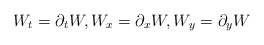
\begin{align*}W_t=\partial_t W, W_x=\partial_x W, W_y=\partial_y W\end{align*}